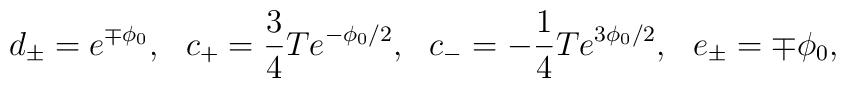
d_{\pm} =e^{\mp \phi_0}, \ \ c_+=\frac{3}{4} T e^{-\phi_0/2}, \ \ c_-=-\frac{1}{4} T e^{ 3 \phi_0/2}, \ \ e_\pm =\mp \phi_0,